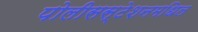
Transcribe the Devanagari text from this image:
पोलीसस्टेशनमधिल